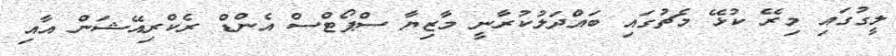
ލީގުގައި މިރޭ ކުޅޭ މެޗުގައި ބައްދަލުކުރާނީ މާޒިޔާ ސްޕޯޓްސް އެންޑް ރެކްރިއޭޝަން އާއި